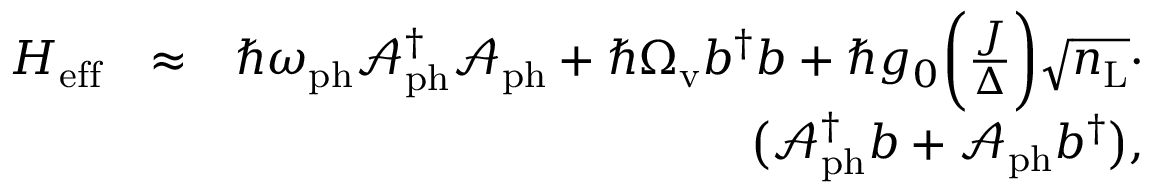
\begin{array} { r l r } { H _ { \mathrm { e f f } } } & { \approx } & { \hbar \omega _ { \mathrm { p h } } \mathcal { A } _ { \mathrm { p h } } ^ { \dagger } \mathcal { A } _ { \mathrm { p h } } + \hbar \Omega _ { \mathrm { v } } b ^ { \dagger } b + \hbar g _ { 0 } \bigg ( \frac { J } { \Delta } \bigg ) \sqrt { n _ { \mathrm { L } } } \cdot } \\ & { } & { \big ( \mathcal { A } _ { \mathrm { p h } } ^ { \dagger } b + \mathcal { A } _ { \mathrm { p h } } b ^ { \dagger } \big ) , } \end{array}